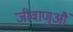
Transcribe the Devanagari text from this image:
जीवाणुऔं